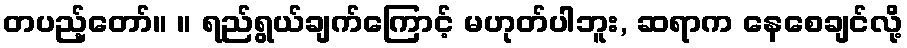
တပည့်တော်။ ။ ရည်ရွယ်ချက်ကြောင့် မဟုတ်ပါဘူး, ဆရာက နေစေချင်လို့